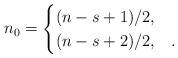
LaTeX: \begin{align*}n_0=\begin{cases}(n-s+1)/2, & \\(n-s+2)/2, & .\end{cases}\end{align*}